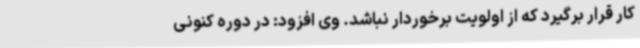
کار قرار برگیرد که از اولویت برخوردار نباشد. وی افزود: در دوره کنونی